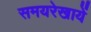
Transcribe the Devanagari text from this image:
समयरेखायें